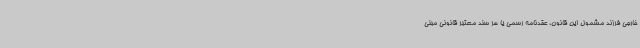
خارجی فرزند مشمول این قانون، عقدنامه رسمی یا هر سند معتبر قانونی مبنی